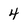
Character: 4